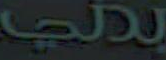
بدي